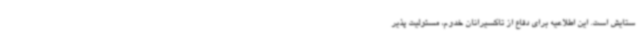
ستایش است. این اطلاعیه برای دفاع از تاکسیرانان خدوم، مسئولیت پذیر